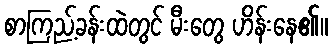
စာကြည့်ခန်းထဲတွင် မီးတွေ ဟိန်းနေ၏။